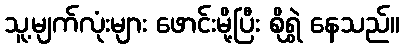
သူ့မျက်လုံးများ ဖောင်းမို့ပြီး စိုရွှဲ နေသည်။